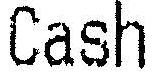
CASH